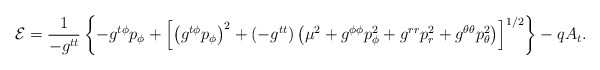
\begin{align*}{\cal E} = \frac{1}{ - g^{tt}} \left\{ - g^{t \phi} p_\phi + \left[ \left(g^{t \phi} p_\phi \right)^2 + ( - g^{tt}) \left( \mu^2 + g^{\phi \phi} p_\phi^2 + g^{rr} p_r^2 + g^{\theta \theta} p_\theta^2 \right) \right]^{1/2} \right\} - q A_t.\end{align*}